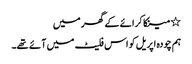
٭ مینکا کرائے کے گھر میں
ہم چودہ اپریل کو اس فلیٹ میں آئے تھے۔